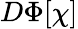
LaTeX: D\Phi[\chi]